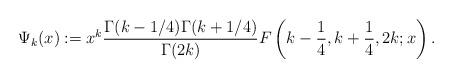
LaTeX: \begin{align*}\Psi_k(x):=x^k\frac{\Gamma(k-1/4)\Gamma(k+1/4)}{\Gamma(2k)}F\left(k-\frac{1}{4},k+\frac{1}{4},2k;x \right).\end{align*}